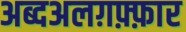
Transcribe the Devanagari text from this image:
अब्दअलग़फ़्फ़ार